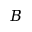
B